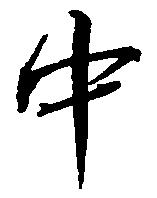
中